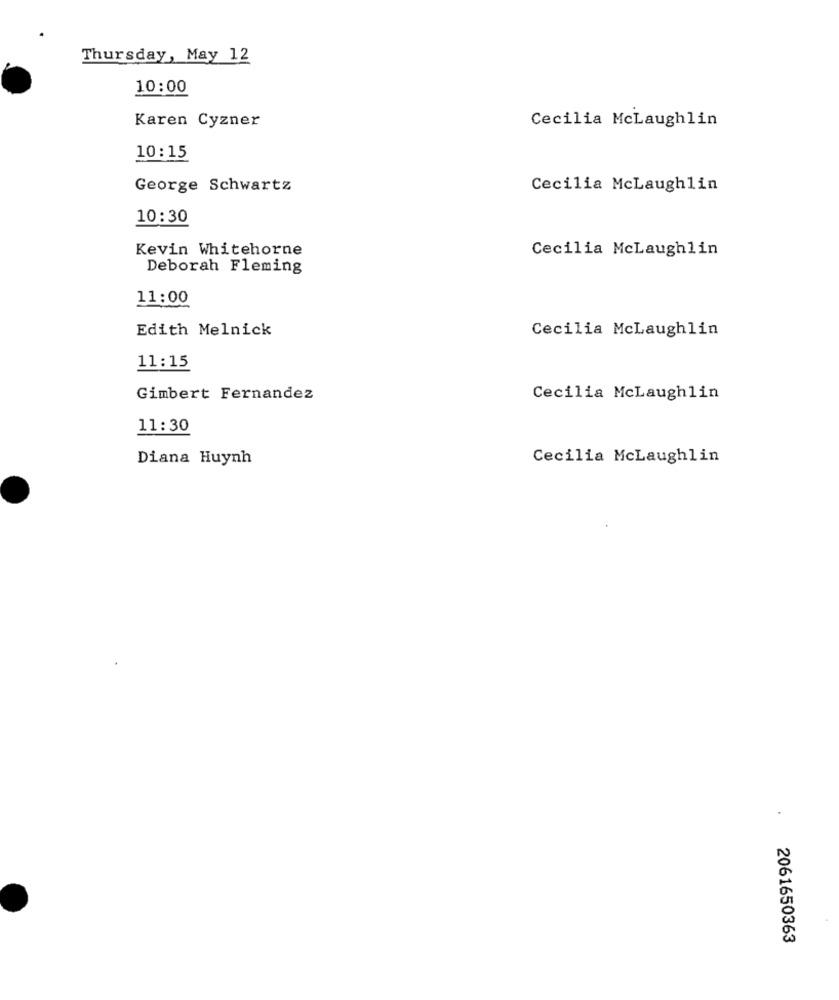
Thursday, May 12
10:00
Karen Cyzner
Cecilia McLaughlin
10:15
George Schwartz
Cecilia McLaughlin
10:30
Kevin Whitehorne
Cecilia McLaughlin
Deborah Fleming
11:00
Edith Melnick
Cecilia McLaughlin
11:15
Gimbert Fernandez
Cecilia McLaughlin
11:30
Diana Huynh
Cecilia McLaughlin
2061650363